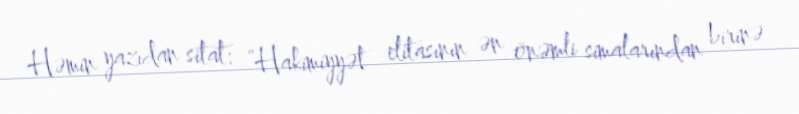
Həmin yazıdan sitat: “Hakimiyyət elitasının ən önəmli simalarından birinə